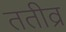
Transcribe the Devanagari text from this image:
ततीव्र